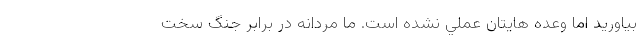
بياوريد اما وعده هایتان عملي نشده است. ما مردانه در برابر جنگ سخت